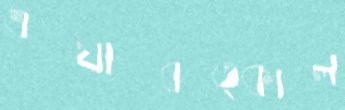
এযাবত্কাল